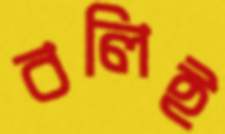
বলিই